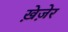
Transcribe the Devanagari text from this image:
ख़ेज़ेर